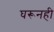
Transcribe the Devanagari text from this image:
घरूनही